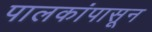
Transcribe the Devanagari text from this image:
पालकांपासून